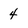
Character: 4